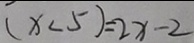
( x < 5 ) = 2 x - 2